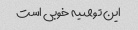
این توصیه خوبی است